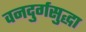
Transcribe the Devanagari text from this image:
वनदुर्गसुद्धा